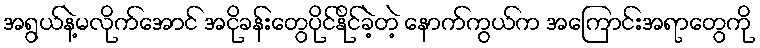
အရွယ်နဲ့မလိုက်အောင် အငိုခန်းတွေပိုင်နိုင်ခဲ့တဲ့ နောက်ကွယ်က အကြောင်းအရာတွေကို